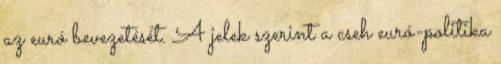
az euró bevezetését. A jelek szerint a cseh euró-politika